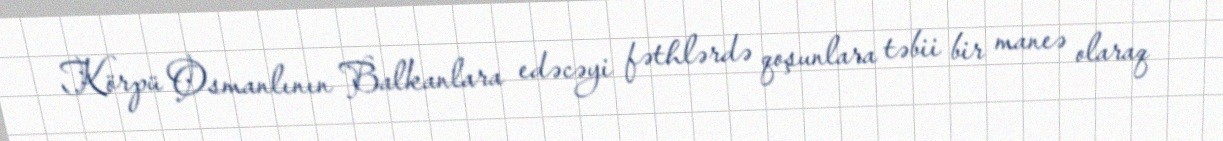
Körpü Osmanlının Balkanlara edəcəyi fəthlərdə qoşunlara təbii bir maneə olaraq